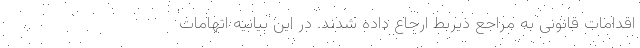
اقدامات قانونی به مراجع ذیربط ارجاع داده شدند. در این بیانیه اتهامات